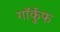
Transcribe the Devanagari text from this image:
गॉर्कुफ